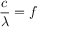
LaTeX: { \frac { c } { \lambda } } = f